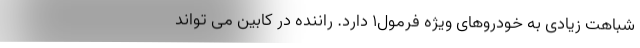
شباهت زیادی به خودروهای ویژه فرمول1 دارد. راننده در کابین می تواند